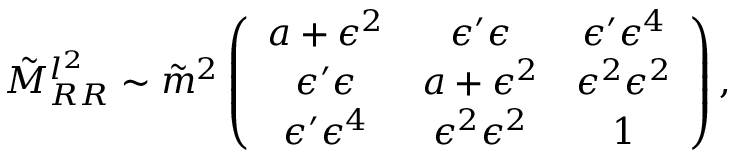
\tilde { M } _ { R R } ^ { l ^ { 2 } } \sim \tilde { m } ^ { 2 } \left( \begin{array} { c c c } { { a + \epsilon ^ { 2 } } } & { { \epsilon ^ { \prime } \epsilon } } & { { \epsilon ^ { \prime } \epsilon ^ { 4 } } } \\ { { \epsilon ^ { \prime } \epsilon } } & { { a + \epsilon ^ { 2 } } } & { { \epsilon ^ { 2 } \epsilon ^ { 2 } } } \\ { { \epsilon ^ { \prime } \epsilon ^ { 4 } } } & { { \epsilon ^ { 2 } \epsilon ^ { 2 } } } & { { 1 } } \end{array} \right) ,